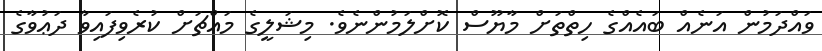
ވައްދަމުން އަނެއް ބައެއްގެ ހިތްތަށް މާޔޫސް ކޮށްލަމުންނެވެ. މިޝަލީގެ މައްޗަށް ކުރެވިފައިވާ ދަޢުވާގެ